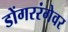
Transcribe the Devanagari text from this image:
डोंगररंगेवर